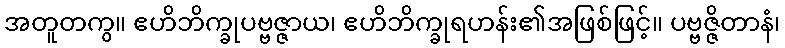
အတူတကွ။ ဧဟိဘိက္ခုပဗ္ဗဇ္ဇာယ၊ ဧဟိဘိက္ခုရဟန်း၏အဖြစ်ဖြင့်။ ပဗ္ဗဇ္ဇိတာနံ၊